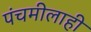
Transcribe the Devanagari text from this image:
पंचमीलाही